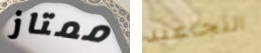
ممتاز التجاعيد